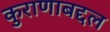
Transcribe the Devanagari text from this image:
कुराणाबद्दल